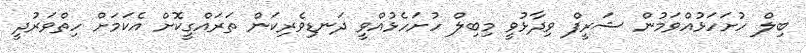
ބިލް ހުށަަހަޅުއްވަމުން ޝަރީފް ވިދާޅުވީ މިބިލް ހުށަހެޅުއްވީ ދަނޑިވެރިކަން ތަރައްގީކޮށް އެކަމަށް ހިތްވަރުދީ